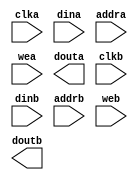
module ram_t3_l5(
	clka,
	dina,
	addra,
	wea,
	douta,
	clkb,
	dinb,
	addrb,
	web,
	doutb);


input clka;
input [41 : 0] dina;
input [8 : 0] addra;
input [0 : 0] wea;
output [41 : 0] douta;
input clkb;
input [41 : 0] dinb;
input [8 : 0] addrb;
input [0 : 0] web;
output [41 : 0] doutb;

// synthesis translate_off

      BLK_MEM_GEN_V2_8 #(
		.C_ADDRA_WIDTH(9),
		.C_ADDRB_WIDTH(9),
		.C_ALGORITHM(1),
		.C_BYTE_SIZE(9),
		.C_COMMON_CLK(0),
		.C_DEFAULT_DATA("0"),
		.C_DISABLE_WARN_BHV_COLL(0),
		.C_DISABLE_WARN_BHV_RANGE(0),
		.C_FAMILY("virtex2p"),
		.C_HAS_ENA(0),
		.C_HAS_ENB(0),
		.C_HAS_MEM_OUTPUT_REGS_A(0),
		.C_HAS_MEM_OUTPUT_REGS_B(0),
		.C_HAS_MUX_OUTPUT_REGS_A(0),
		.C_HAS_MUX_OUTPUT_REGS_B(0),
		.C_HAS_REGCEA(0),
		.C_HAS_REGCEB(0),
		.C_HAS_SSRA(0),
		.C_HAS_SSRB(0),
		.C_INIT_FILE_NAME("ram_t3_l5.mif"),
		.C_LOAD_INIT_FILE(1),
		.C_MEM_TYPE(2),
		.C_MUX_PIPELINE_STAGES(0),
		.C_PRIM_TYPE(1),
		.C_READ_DEPTH_A(512),
		.C_READ_DEPTH_B(512),
		.C_READ_WIDTH_A(42),
		.C_READ_WIDTH_B(42),
		.C_SIM_COLLISION_CHECK("ALL"),
		.C_SINITA_VAL("0"),
		.C_SINITB_VAL("0"),
		.C_USE_BYTE_WEA(0),
		.C_USE_BYTE_WEB(0),
		.C_USE_DEFAULT_DATA(1),
		.C_USE_ECC(0),
		.C_USE_RAMB16BWER_RST_BHV(0),
		.C_WEA_WIDTH(1),
		.C_WEB_WIDTH(1),
		.C_WRITE_DEPTH_A(512),
		.C_WRITE_DEPTH_B(512),
		.C_WRITE_MODE_A("WRITE_FIRST"),
		.C_WRITE_MODE_B("WRITE_FIRST"),
		.C_WRITE_WIDTH_A(42),
		.C_WRITE_WIDTH_B(42),
		.C_XDEVICEFAMILY("virtex2p"))
	inst (
		.CLKA(clka),
		.DINA(dina),
		.ADDRA(addra),
		.WEA(wea),
		.DOUTA(douta),
		.CLKB(clkb),
		.DINB(dinb),
		.ADDRB(addrb),
		.WEB(web),
		.DOUTB(doutb),
		.ENA(),
		.REGCEA(),
		.SSRA(),
		.ENB(),
		.REGCEB(),
		.SSRB(),
		.DBITERR(),
		.SBITERR());


// synthesis translate_on

// XST black box declaration
// box_type "black_box"
// synthesis attribute box_type of ram_t3_l5 is "black_box"

endmodule